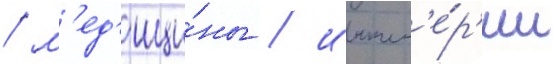
/ м'ед'ици́ны / инжен'е́р'ии